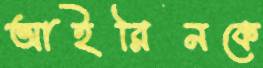
আইরিনকে